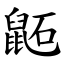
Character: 鼫